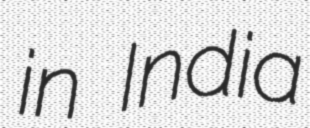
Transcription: in India